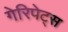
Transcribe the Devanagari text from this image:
गेरिपेट्स